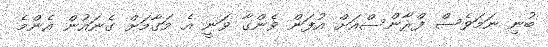
ބުނި ނަމަވެސް ފްރާންސްއަށް އުފަން ވެންގާ ވަނީ އެ މަގާމަށް ގެނައުން އެންމެ